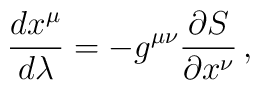
\frac{dx^{\mu}}{d\lambda}=-g^{\mu\nu}\frac{\partial S}{\partial x^{\nu}}\,,